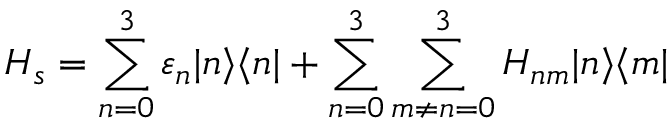
H _ { s } = \sum _ { n = 0 } ^ { 3 } \varepsilon _ { n } \vert n \rangle \langle n \vert + \sum _ { n = 0 } ^ { 3 } \sum _ { m \neq { n } = 0 } ^ { 3 } H _ { n m } \vert n \rangle \langle m \vert